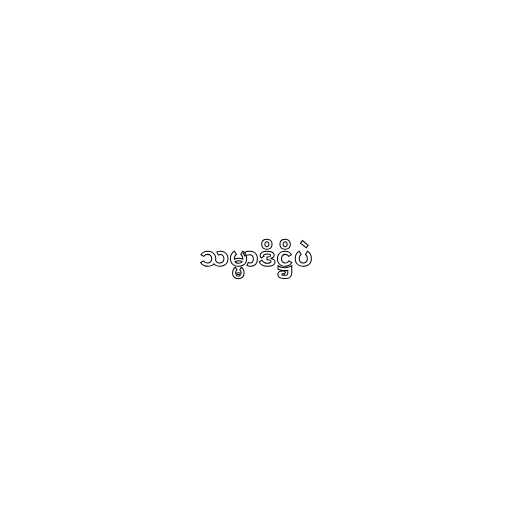
သမ္မာဒိဋ္ဌိပဲ